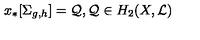
x _ { * } [ \Sigma _ { g , h } ] = { \cal Q } , { \cal Q } \in H _ { 2 } ( X , { \cal L } )